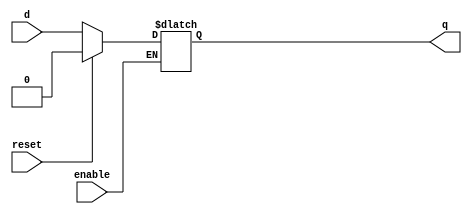
module RLATCH(input d, reset, enable, output reg q);
always @( d or enable or reset)
    if(enable)
	    if(reset)
		    q <= 0;
		else	
	        q <= d;
endmodule